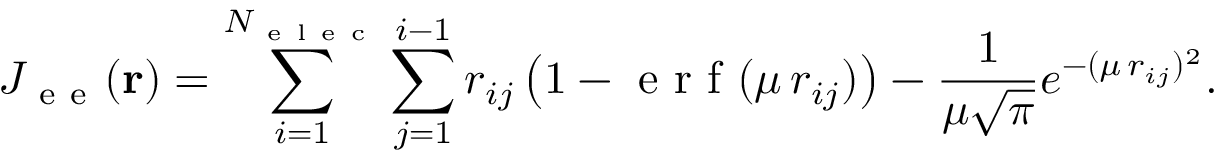
J _ { \mathrm { ~ e ~ e ~ } } ( \mathbf { r } ) = \sum _ { i = 1 } ^ { N _ { \mathrm { ~ e ~ l ~ e ~ c ~ } } } \sum _ { j = 1 } ^ { i - 1 } r _ { i j } \left( 1 - \mathrm { ~ e ~ r ~ f ~ } ( \mu \, r _ { i j } ) \right) - \frac { 1 } { \mu \sqrt { \pi } } e ^ { - ( \mu \, r _ { i j } ) ^ { 2 } } .